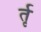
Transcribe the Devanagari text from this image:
र्तृ